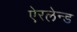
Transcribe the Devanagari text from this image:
ऐरलेन्ड